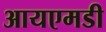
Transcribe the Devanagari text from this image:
आयएमडी